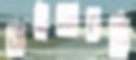
রাইডারটি